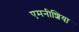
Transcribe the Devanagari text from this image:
एमनीशिया